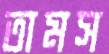
তামস